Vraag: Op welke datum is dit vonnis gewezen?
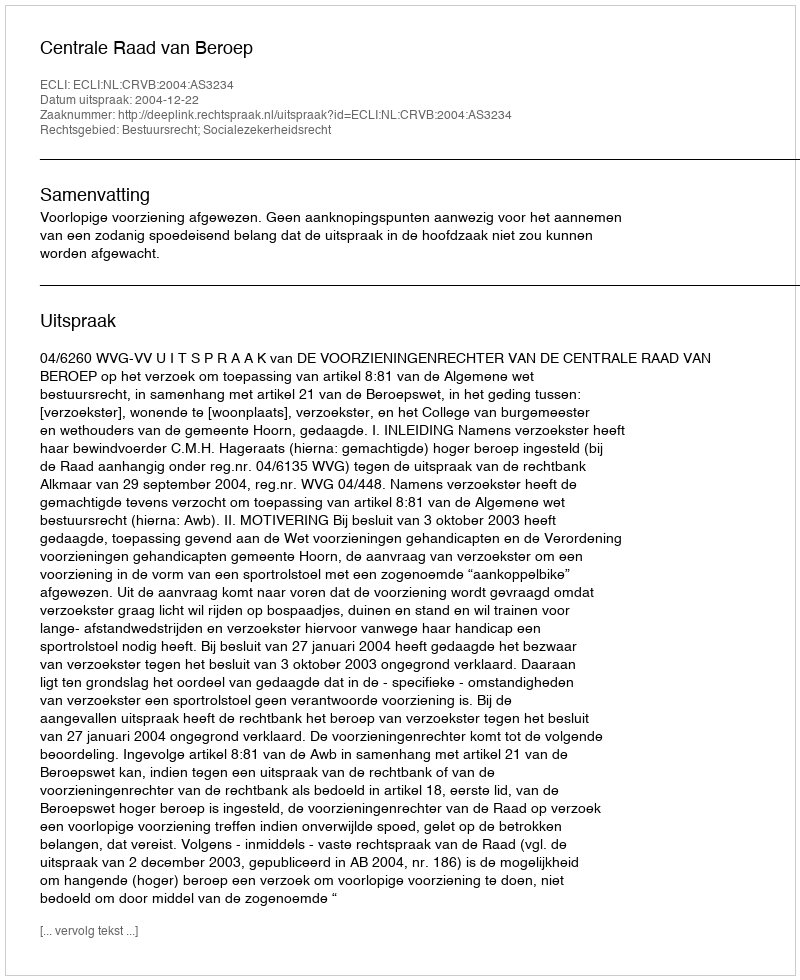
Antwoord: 2004-12-22